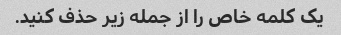
یک کلمه خاص را از جمله زیر حذف کنید.